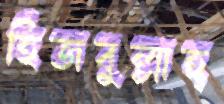
হিজবুল্লাহ্